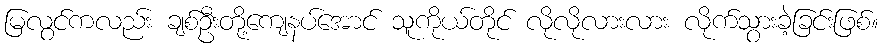
မြလွင်ကလည်း ချစ်ဦးတို့ကျေနပ်အောင် သူကိုယ်တိုင် လိုလိုလားလား လိုက်သွားခဲ့ခြင်းဖြစ်။